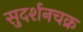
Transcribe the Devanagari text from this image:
सुदर्शनचक्र